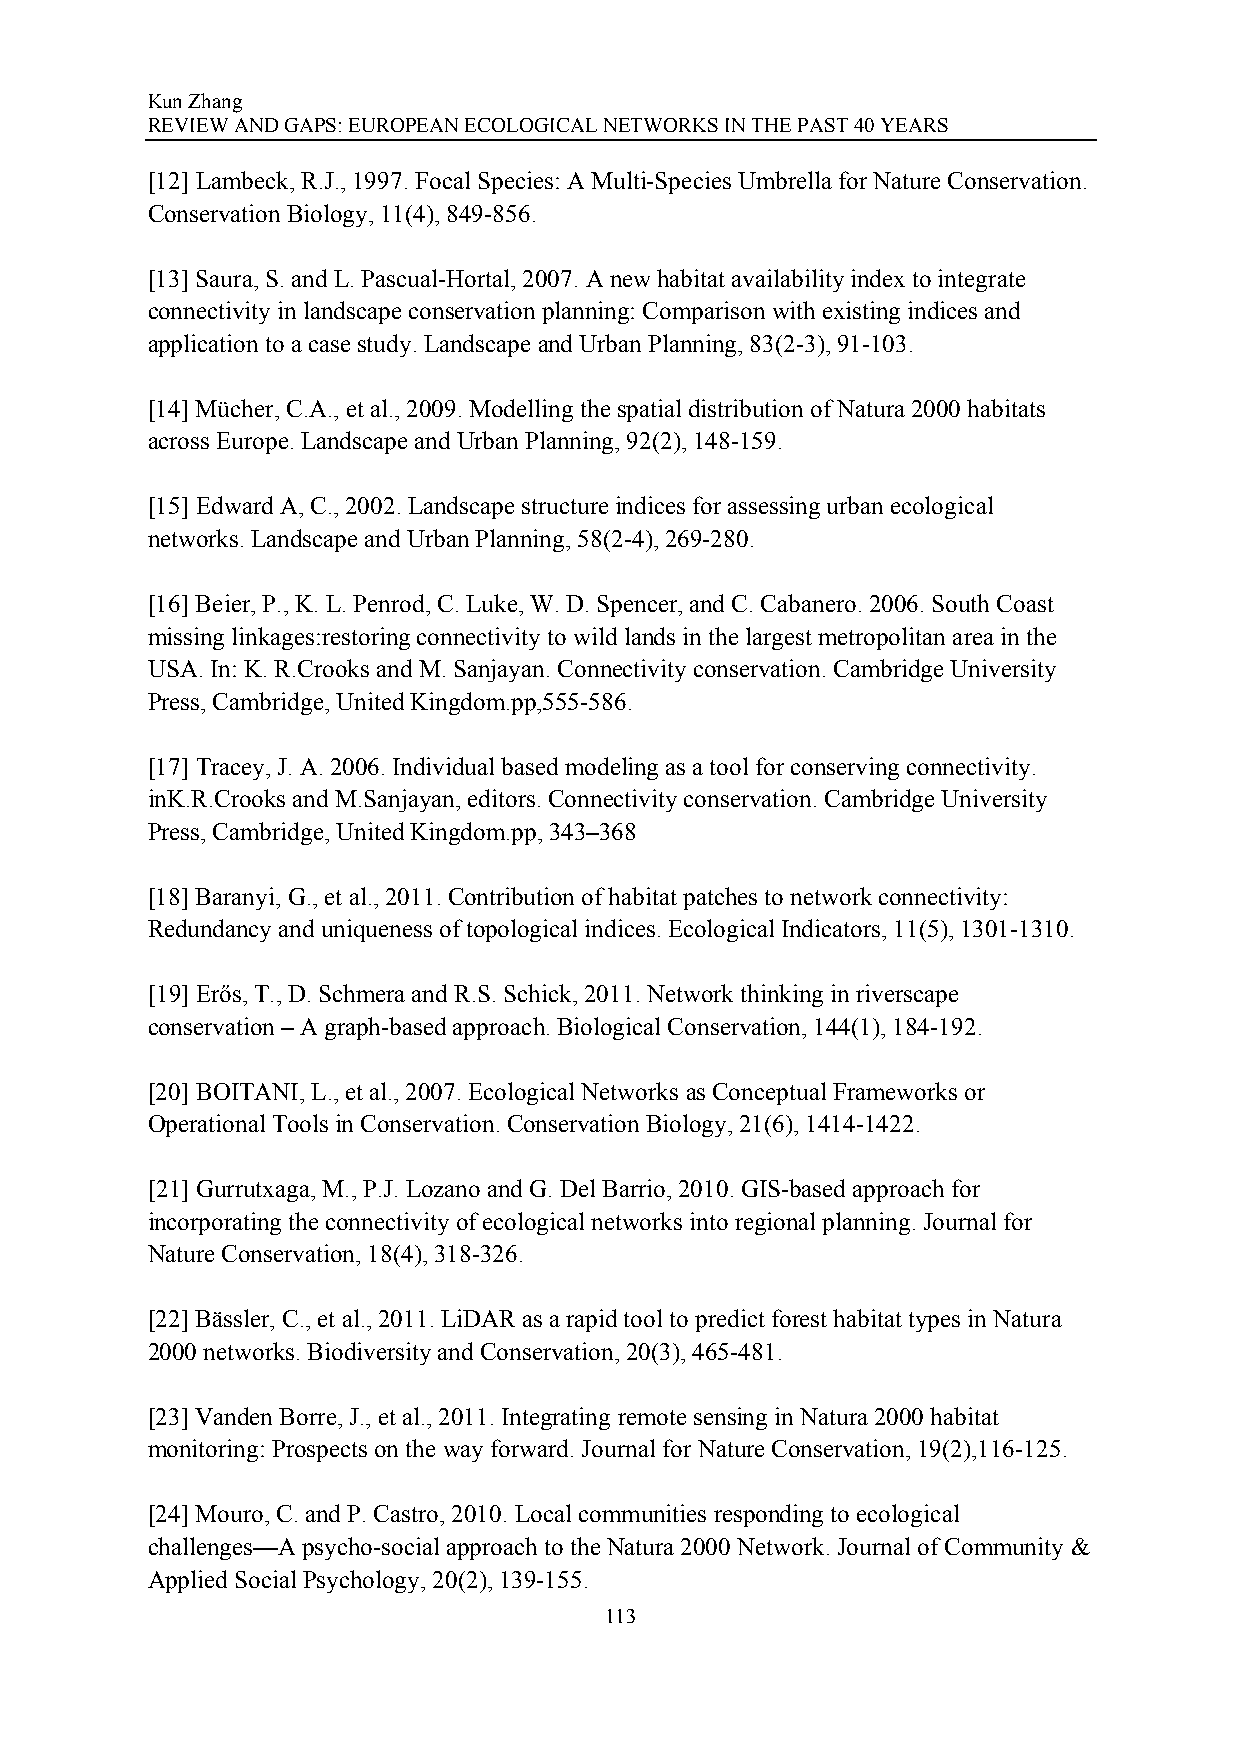
Kun Zhang
 REVIEW AND GAPS: EUROPEAN ECOLOGICAL NETWORKS IN THE PAST 40 YEARS
 [12] Lambeck, R.J., 1997. Focal Species: A Multi-Species Umbrella for Nature Conservation.
 Conservation Biology, 11(4), 849-856.
 [13] Saura, S. and L. Pascual-Hortal, 2007. A new habitat availability index to integrate
 connectivity in landscape conservation planning: Comparison with existing indices and
 application to a case study. Landscape and Urban Planning, 83(2-3), 91-103.
 [14] Mücher, C.A., et al., 2009. Modelling the spatial distribution of Natura 2000 habitats
 across Europe. Landscape and Urban Planning, 92(2), 148-159.
 [15] Edward A, C., 2002. Landscape structure indices for assessing urban ecological
 networks. Landscape and Urban Planning, 58(2-4), 269-280.
 [16] Beier, P., K. L. Penrod, C. Luke, W. D. Spencer, and C. Cabanero. 2006. South Coast
 missing linkages:restoring connectivity to wild lands in the largest metropolitan area in the
 USA. In: K. R.Crooks and M. Sanjayan. Connectivity conservation. Cambridge University
 Press, Cambridge, United Kingdom.pp,555-586.
 [17] Tracey, J. A. 2006. Individual based modeling as a tool for conserving connectivity.
 inK.R.Crooks and M.Sanjayan, editors. Connectivity conservation. Cambridge University
 Press, Cambridge, United Kingdom.pp, 343–368
 [18] Baranyi, G., et al., 2011. Contribution of habitat patches to network connectivity:
 Redundancy and uniqueness of topological indices. Ecological Indicators, 11(5), 1301-1310.
 [19] Erős, T., D. Schmera and R.S. Schick, 2011. Network thinking in riverscape
 conservation – A graph-based approach. Biological Conservation, 144(1), 184-192.
 [20] BOITANI, L., et al., 2007. Ecological Networks as Conceptual Frameworks or
 Operational Tools in Conservation. Conservation Biology, 21(6), 1414-1422.
 [21] Gurrutxaga, M., P.J. Lozano and G. Del Barrio, 2010. GIS-based approach for
 incorporating the connectivity of ecological networks into regional planning. Journal for
 Nature Conservation, 18(4), 318-326.
 [22] Bässler, C., et al., 2011. LiDAR as a rapid tool to predict forest habitat types in Natura
 2000 networks. Biodiversity and Conservation, 20(3), 465-481.
 [23] Vanden Borre, J., et al., 2011. Integrating remote sensing in Natura 2000 habitat
 monitoring: Prospects on the way forward. Journal for Nature Conservation, 19(2),116-125.
 [24] Mouro, C. and P. Castro, 2010. Local communities responding to ecological
 challenges—A psycho-social approach to the Natura 2000 Network. Journal of Community &
 Applied Social Psychology, 20(2), 139-155.
 113